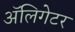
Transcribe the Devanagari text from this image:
अॅलिगेटर